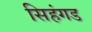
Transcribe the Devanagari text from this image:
सिहंगड